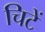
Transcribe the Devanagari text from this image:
चिटें